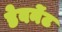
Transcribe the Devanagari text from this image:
डेवनेंट